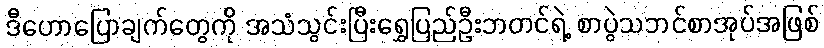
ဒီဟောပြောချက်တွေကို အသံသွင်းပြီးရွှေပြည်ဦးဘတင်ရဲ့ စာပွဲသဘင်စာအုပ်အဖြစ်